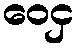
ဝေငှ